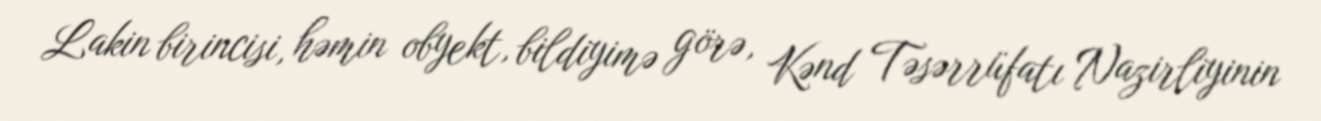
Lakin birincisi, həmin obyekt, bildiyimə görə, Kənd Təsərrüfatı Nazirliyinin